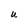
Character: U